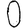
Digit: 0